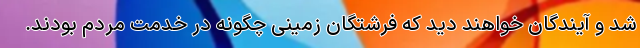
شد و آیندگان خواهند دید که فرشتگان زمینی چگونه در خدمت مردم بودند.